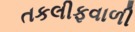
તકલીફવાળી